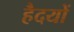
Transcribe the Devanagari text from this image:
हैदयों